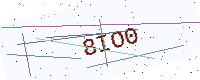
Text: 8IO0